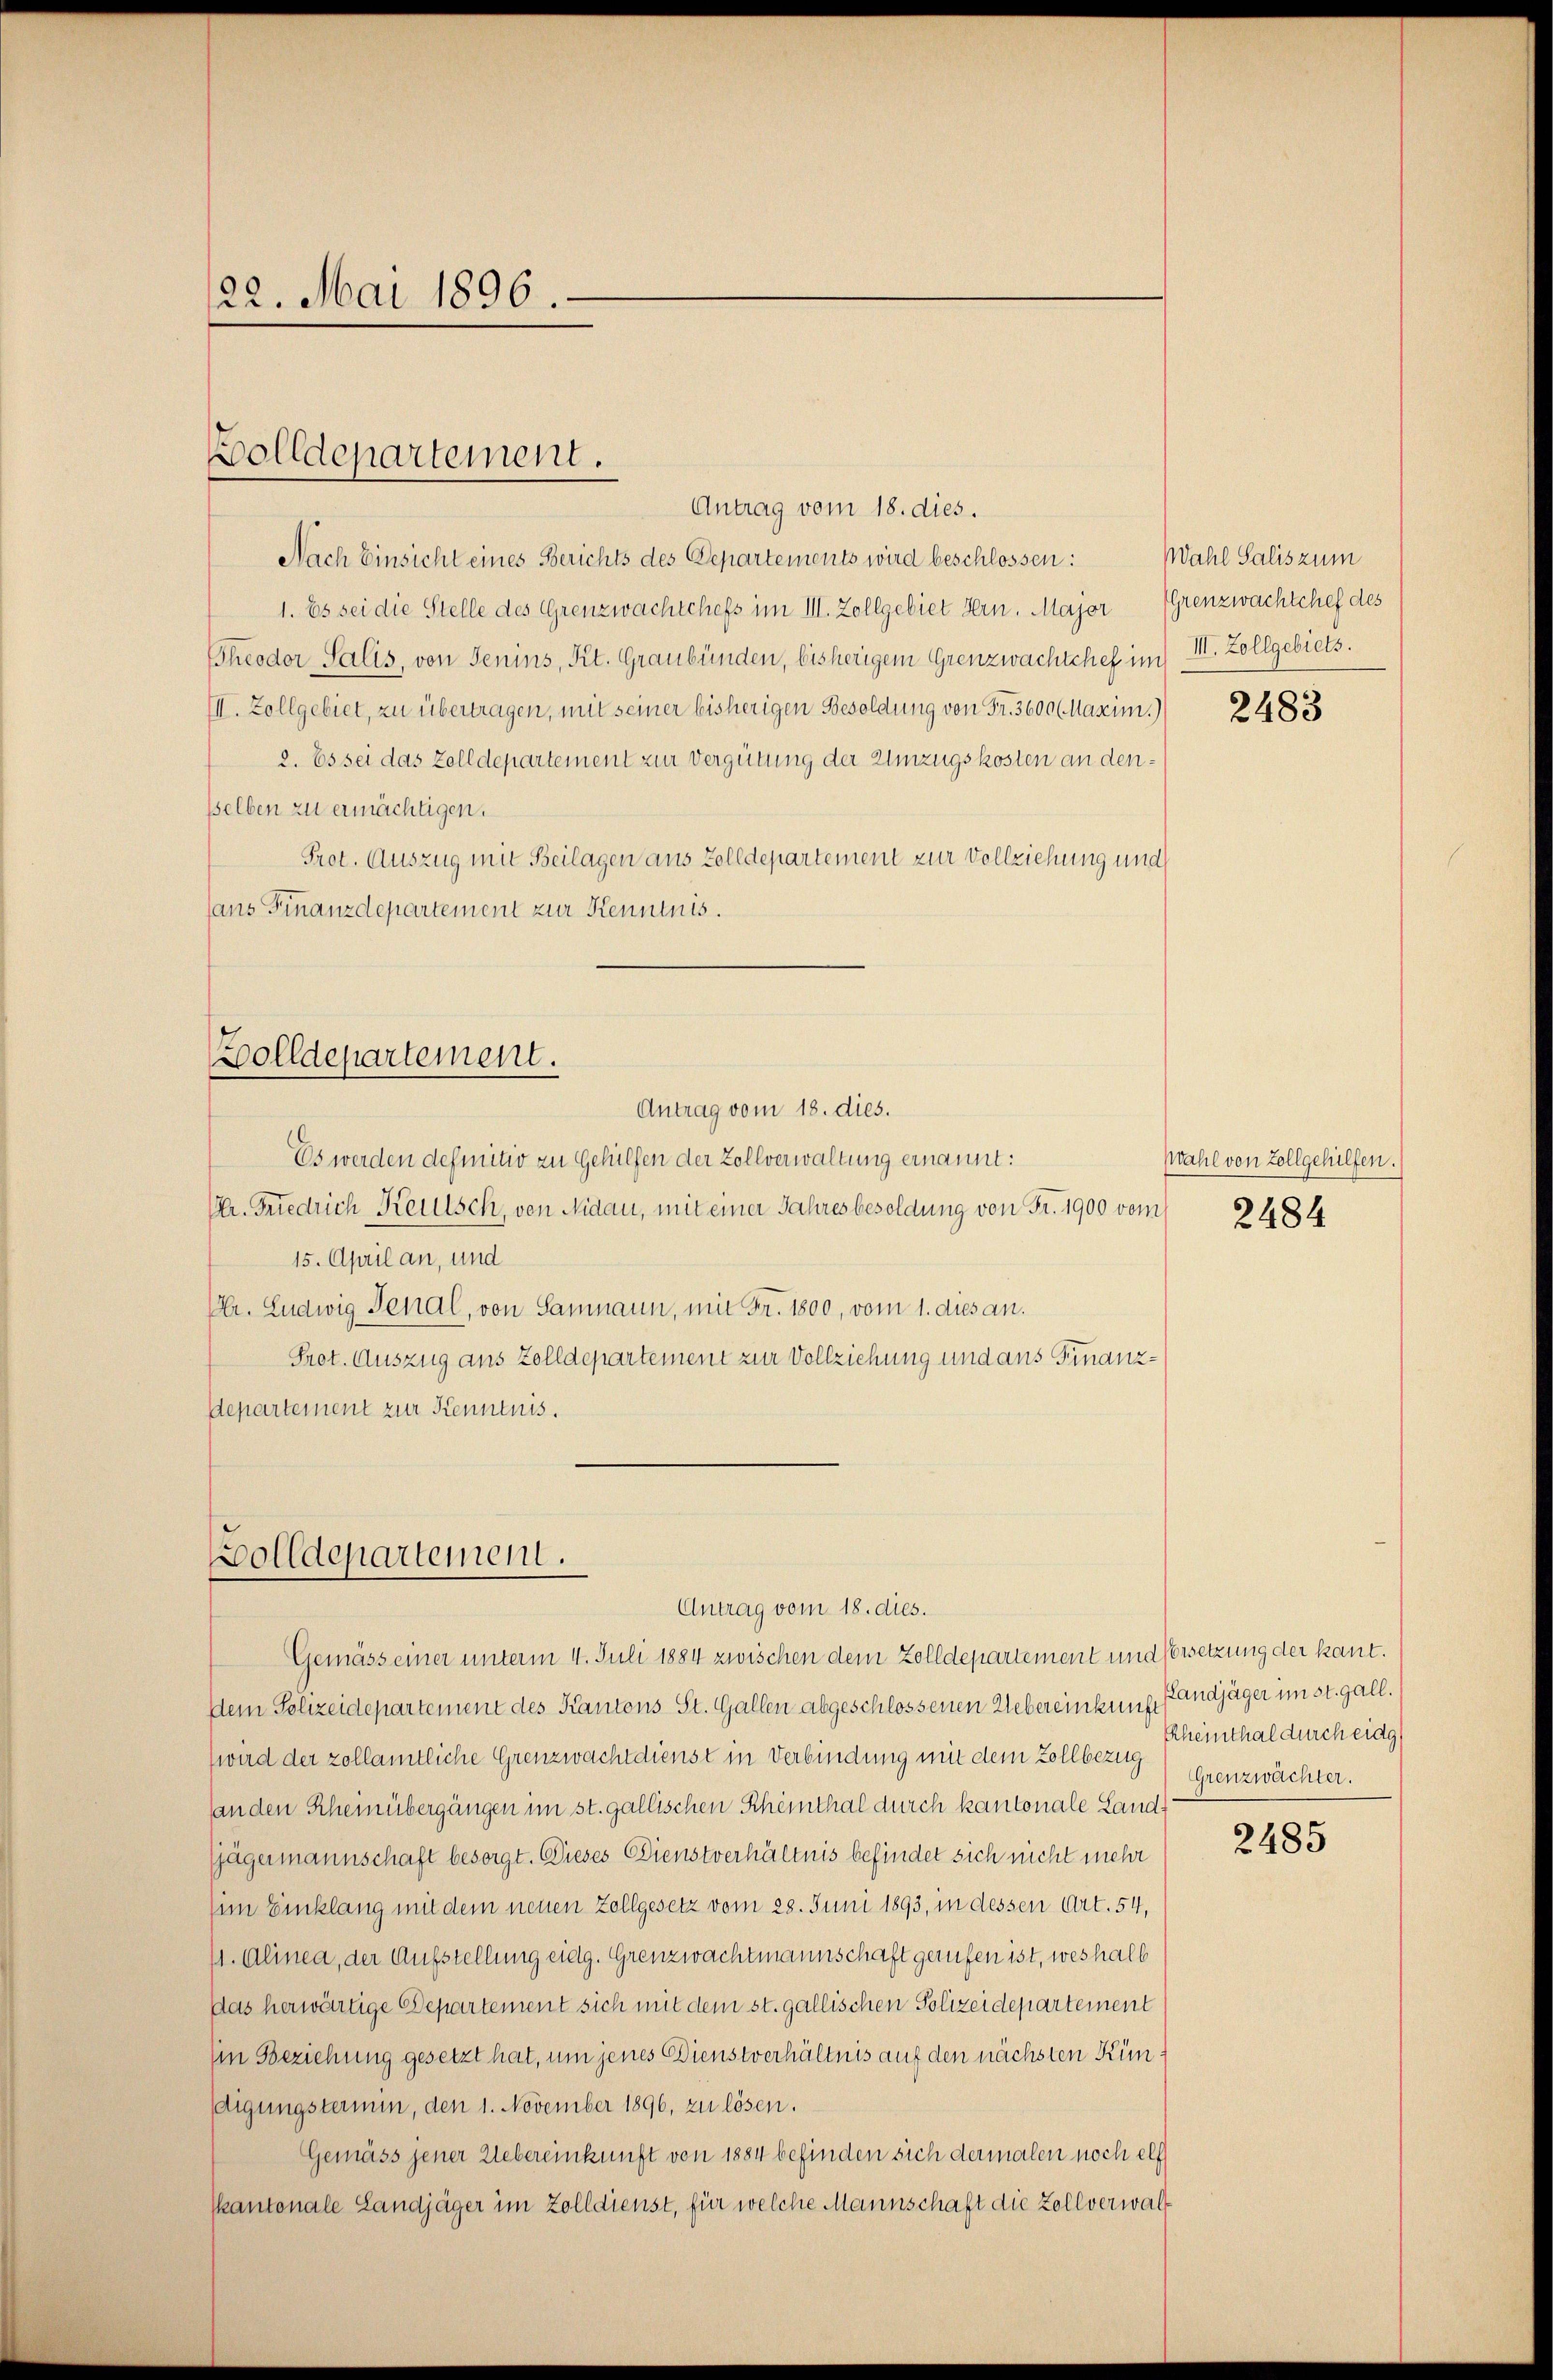
122. Mai 1896.

Bolldepartement.

Antrag vom 18. dies.
Nach Einsicht eines Berichts des Departements wird beschlossen: Wahl Salis zum
1. Es sei die Stelle des Grenzwachschefs im III. Zollgebiet dern. Major Grenzwachtchef des
Theodor Salis, von Jenins, Kt. Graubünden, bisherigem Grenzwachtchef im III. Zollgebiets.
III. Zollgebiet, zu übertragen, mit seiner bisherigen Besoldung von Fr. 3600 (Marzim.)
2. Es sei das Zolldepartement zur Vergütung der Umzugskosten an densselben zu ermächtigen.
Prot. Auszug mit Beilagen aus Zolldepartement zur Vollziehung und
ans Finanzdepartement zur Kenntnis.

Zolldepartement.
Antrag vom 18. dies.

olldepartement.
Antrag vom 18. dies.
Gemäss einer unterm 4. Juli 1884 zwischen dem Zolldepartement und Versetzung der kant.

Es werden definitiv zu Gehülfen der Zollverwaltung ernannt:
Mr. Friedrich Reutsch, von Nidau, mit einer Jahresbesoldung von Fr. 1900 vom
15. April an, und
Chr. Ludwig Senal, von Sammann, mit Fr. 1800, vom 1. dies an.
Prot. Auszug aus Zolldepartement zur Vollziehung und aus Finanz¬
Departement zur Kenntnis.

Dem Polizeidepartement des Kantons St. Gallen abgeschlossenen Uebereinkung fandjäger im st. gall.
(wird der zollamtliche Grenzwachtdienst in Verbindung mit dem Zollbezug Grenzwächter.
landen Rheinübergängen im st. gallischen Rheinthal durch kantonale Land¬
Gagermannschaft besorgt. Dieses Dienstverhältnis befindet sich nicht mehr
im Einklang mit dem neuen Zollgesetz vom 28. Juni 1893, in dessen Art. 54,
(1. Alinea, der Aufstellung eidg. Grenzwachtmannschaft gerufen ist, weshalb
das herwärtige Departement sich mit dem st. gallischen Polizeidepartement
Ein Beziehung gesetzt hat, um jenes Dienstverhältnis auf den nächsten Kündigungsternen, den 1. November 1896, zu lösen.
Gemäss jener Uebereinkunft von 1884 befinden sich dermalen noch elf
kantonale Landjäger im Zolldienst, für welche Mannschaft die Zollverwal¬

2483

Wahl von Zollgehülfen.
2484

Rheinthal durch eidg

2485